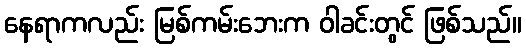
နေရာကလည်း မြစ်ကမ်းဘေးက ဝါခင်းတွင် ဖြစ်သည်။